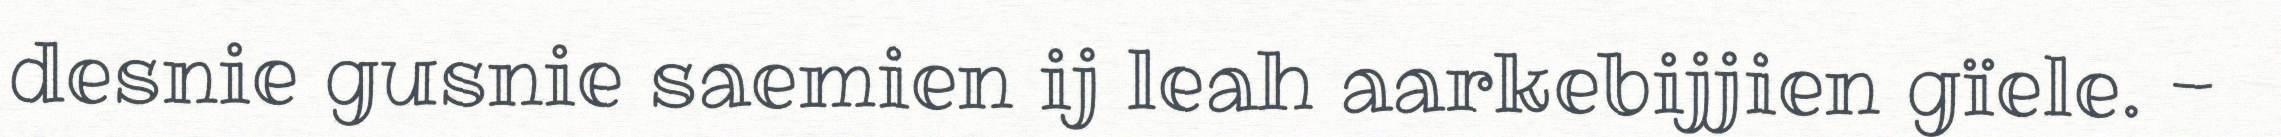
desnie gusnie saemien ij leah aarkebijjien gïele. -